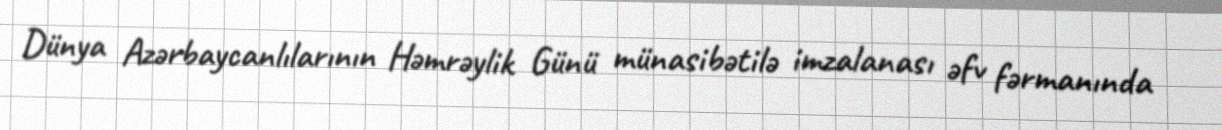
Dünya Azərbaycanlılarının Həmrəylik Günü münasibətilə imzalanası əfv fərmanında